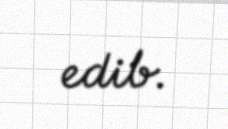
edib.